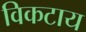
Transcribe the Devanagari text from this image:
विकटाय